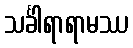
သင်္ခါရာရာမဿ